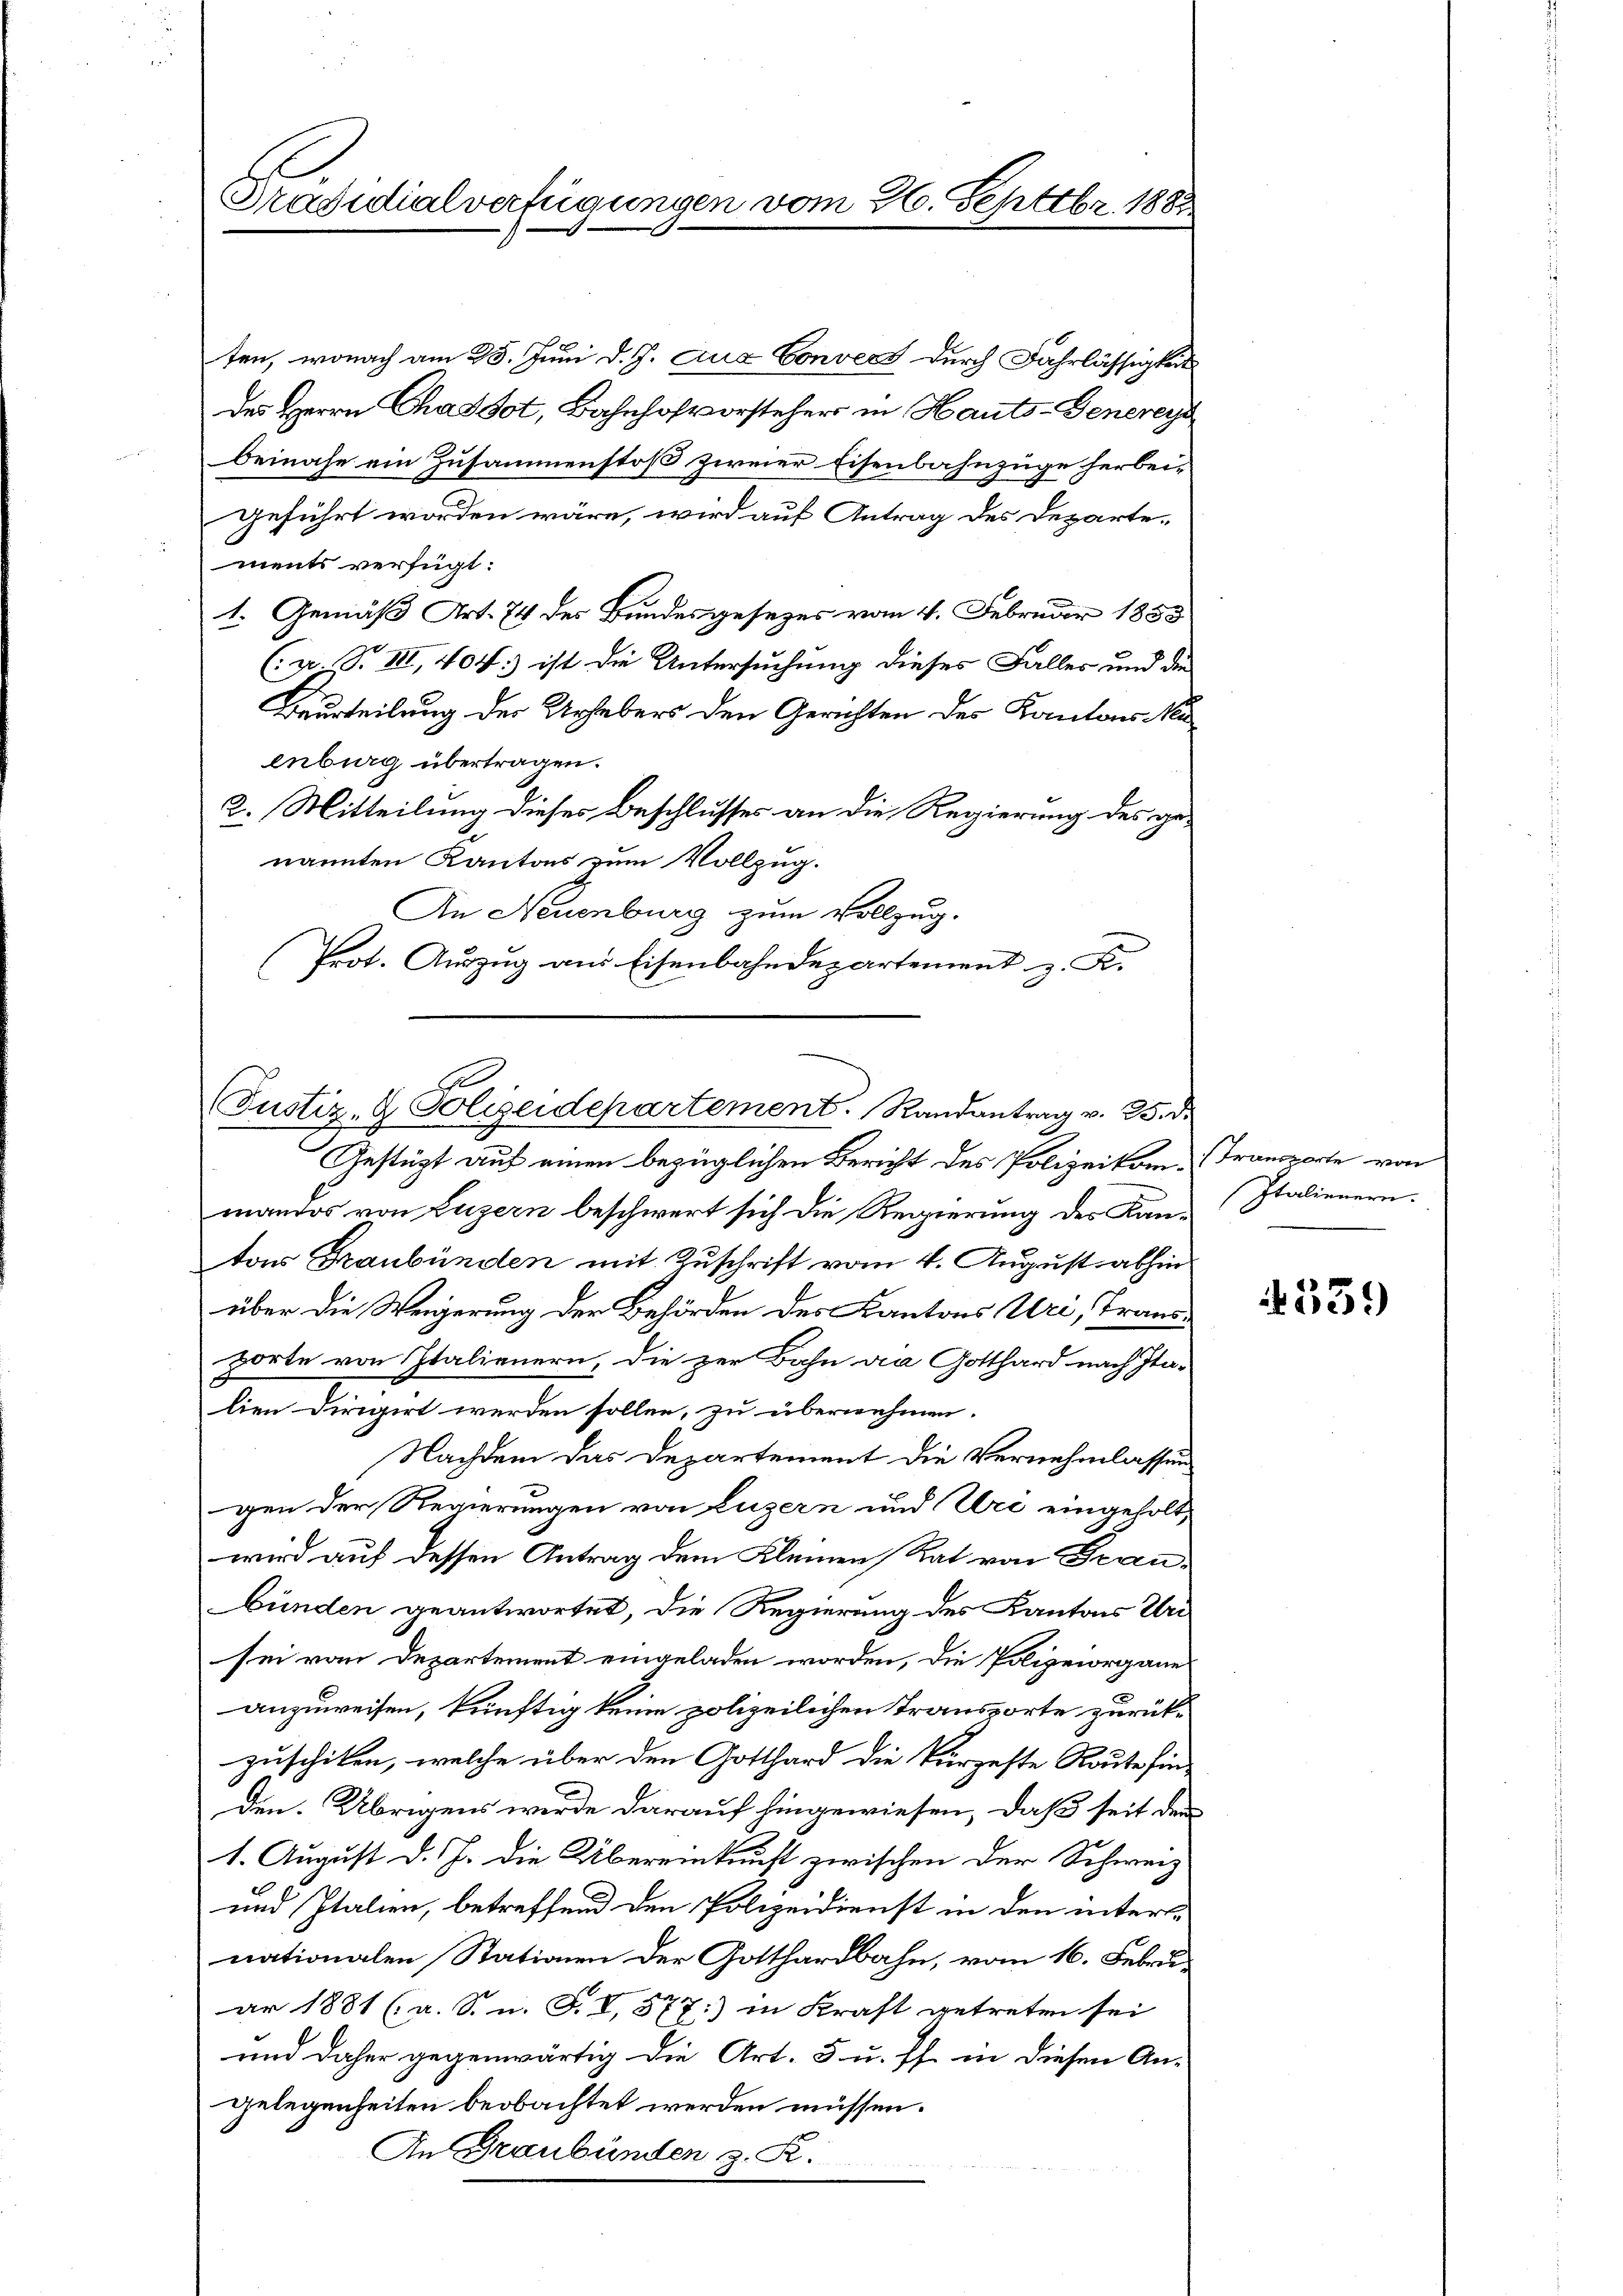
Präsidialverfügungen vom 26. Septbr. 1883.

ten, wonach am 25. Juni d. J. Aug Convert durch Fahrlässigkeit
des Herrn Chaddot, Bahnhofvorsteher in Hauts-Genereye
beinahe ein Zusammenstoß zweier Eisenbahnzüge herbeigeführt worden wäre, wird auf Antrag des Departe-
ments verfügt:
1. Gemäß Art. 74 des Bundesgesezes vom 4. Februar 1853
(u. S. III, 404:) ist die Untersuchung dieses Falles und der
Beurteilung des Urhebers den Gerichten des Kantons Mei
enburg übertragen.
2. Mitteilung dieses Beschlusses an die Regierung des genannten Kantons zum Vollzug.
An Neuenburg zum Vollzug.
Prot. Auszug aus Eisenbahndepartement z. K.
E
Gestützt auf einen bezüglichen Bericht des Polizeikom- (Transporte von
mandos von Luzern beschwert sich die Regierung der Kan-Italienern.
tons Graubünden mit Zuschrift vom 4. August abhin
über die Weigerung der Behörden des Kantons Uri, Transporte von Italienern, die zur Bahn da Gotthard nach Ita-
lien Dirigirt werden sollen, zu übernehmen.
Nachdem das Departement die Vernehmlassen
gen der Regierungen von Luzern und Ure eingeholt,
wird auf dessen Antrag dem Kleinen Rat von Frau
bünden geantwortet, die Regierung des Kantons Uri
sei vom Departement eingeladen worden, die Polizeiorgane
anzuweisen, künftig keine polizeilichen Transporte zurückzuschiken, welche über den Gotthard die kürzeste Route finden. Übrigens werde darauf hingewiesen, daß seit den
1. August d. J. die Übereinkunft zwischen der Schweiz
und Italien, betreffend den Polizeidienst in den internationalen Stationen der Gotthardbahn, vom 16. Febr.
ar 1881 (a. S. n. F. V, 377:) in Kraft getreten sei
und daher gegenwärtig die Art. 5 u. ff. in diesen An-
gelegenheiten beobachtet werden müssen.
An Graubünden z. R.

be
Justiz- & Polizeidepartement. Randantrag v. 25. d.

4539)